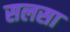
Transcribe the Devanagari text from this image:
सलसा